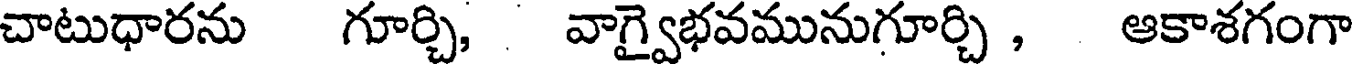
చాటుధారను గూర్చి, వాగ్వైభవమునుగూర్చి , ఆకాశగంగా